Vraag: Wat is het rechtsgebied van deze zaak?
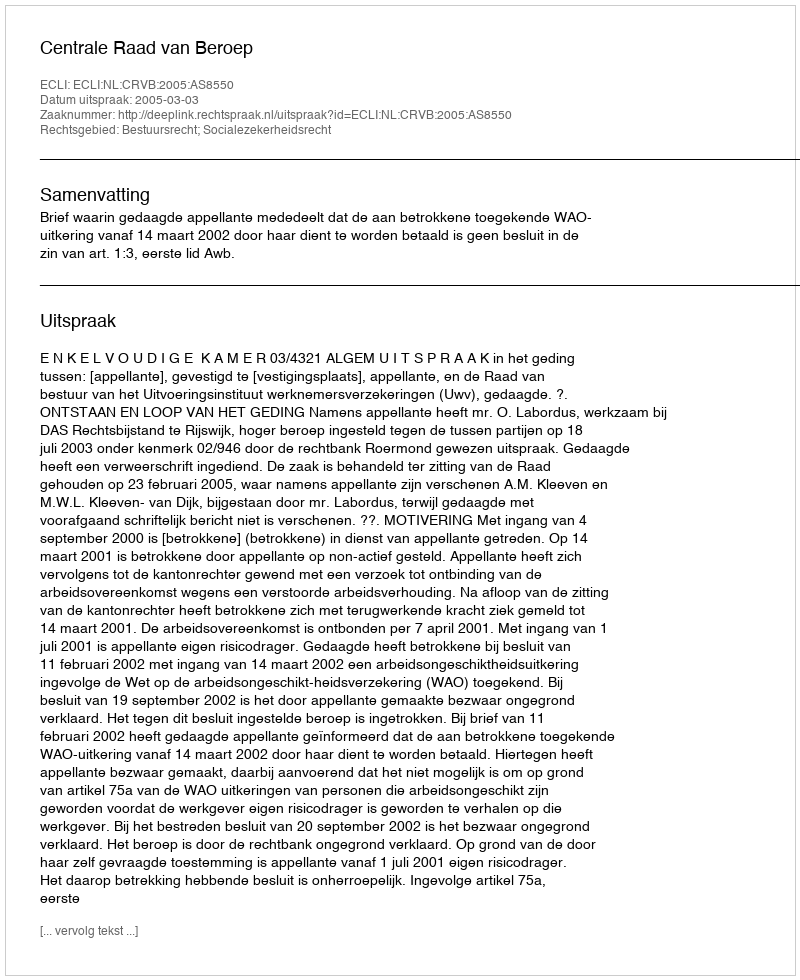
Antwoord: Bestuursrecht; Socialezekerheidsrecht